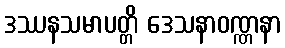
ဒဿနသမာပတ္တိ ဒေသနာဝဏ္ဏနာ